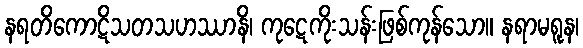
နရတိကောဋိသတသဟဿာနိ၊ ကုဋေကိုးသန်းဖြစ်ကုန်သော။ နရာမရူန၊